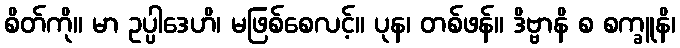
စိတ်ကို။ မာ ဥပ္ပါဒေဟိ၊ မဖြစ်စေလင့်။ ပုန၊ တစ်ဖန်။ ဒိဗ္ဗာနိ စ စက္ခူနိ၊